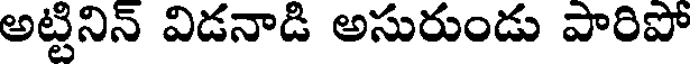
అట్టినిన్ విడనాడి అసురుండు పారిపో